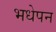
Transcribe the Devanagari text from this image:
भधेपन